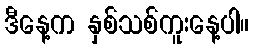
ဒီနေ့က နှစ်သစ်ကူးနေ့ပါ။